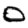
Digit: 0